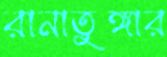
রানাতুঙ্গার